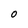
Character: O